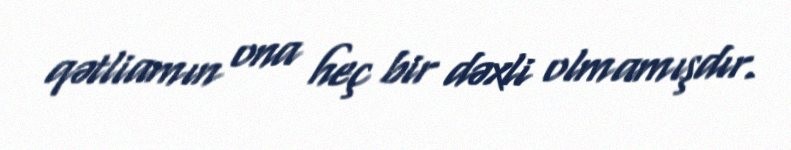
qətliamın ona heç bir dəxli olmamışdır.